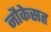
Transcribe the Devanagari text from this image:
नौकेसह